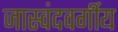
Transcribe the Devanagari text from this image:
जास्वंदवर्गीय